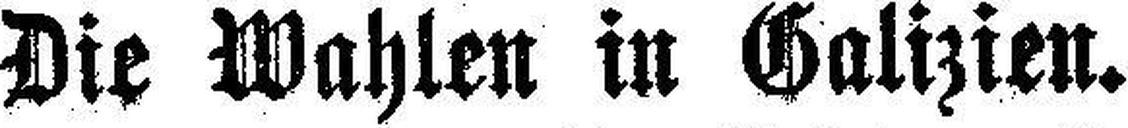
Die Wahlen in Galizien.